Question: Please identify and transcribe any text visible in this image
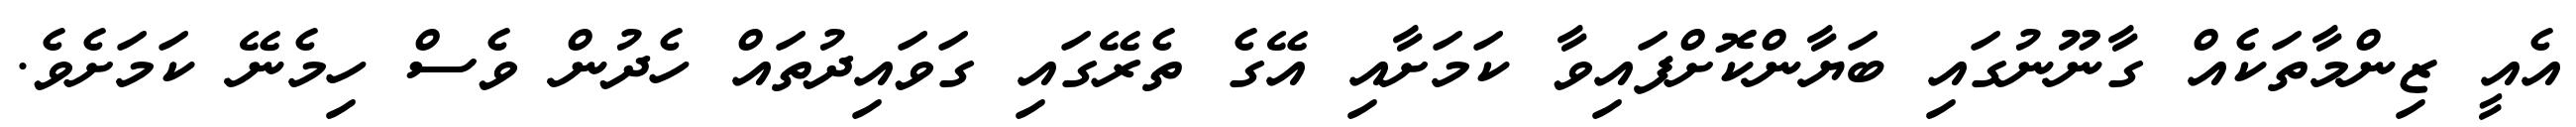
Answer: އެއީ ޒިންމާތަކެއް ގާނޫނުގައި ބަޔާންކޮށްފައިވާ ކަމަށާއި އޭގެ ތެރޭގައި ގަވައިދުތައް ހެދުން ވެސް ހިމެނޭ ކަމަށެވެ.